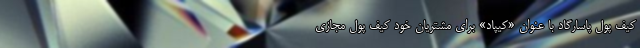
کیف پول پاسارگاد‌ با‌ عنوان «کیپاد» برای مشتریان خود کیف پول مجازی